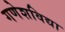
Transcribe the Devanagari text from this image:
गणेशविद्या